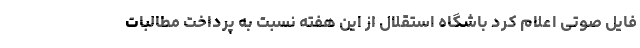
فایل صوتی اعلام کرد باشگاه استقلال از این هفته نسبت به پرداخت مطالبات